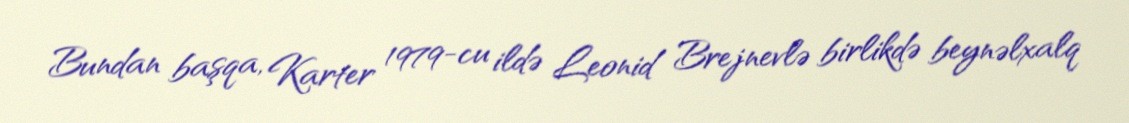
Bundan başqa, Karter 1979-cu ildə Leonid Brejnevlə birlikdə beynəlxalq